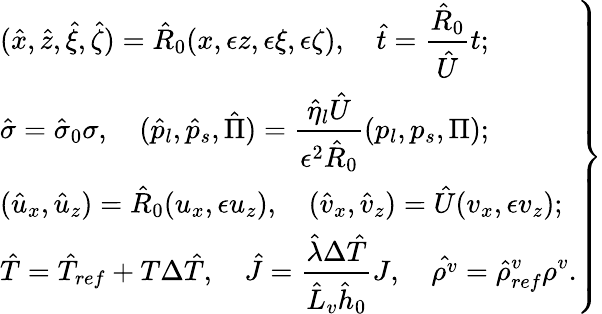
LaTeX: \left.\begin{array}{l}{\displaystyle(\hat{x},\hat{z},\hat{\xi},\hat{\zeta})=\hat{R}_{0}(x,\epsilon z,\epsilon\xi,\epsilon\zeta),\quad\hat{t}=\frac{\hat{R}_{0}}{{\hat{U}}}t;}\\ {\displaystyle\hat{\sigma}=\hat{\sigma}_{0}\sigma,\quad(\hat{p}_{l},\hat{p}_{s},\hat{\Pi})=\frac{\hat{\eta}_{l}{\hat{U}}}{\epsilon^{2}\hat{R}_{0}}(p_{l},p_{s},\Pi);}\\ {\displaystyle(\hat{u}_{x},\hat{u}_{z})=\hat{R}_{0}(u_{x},\epsilon u_{z}),\quad(\hat{v}_{x},\hat{v}_{z})=\hat{U}(v_{x},\epsilon v_{z});}\\ {\displaystyle\hat{T}=\hat{T}_{ref}+T\Delta\hat{T},\quad\hat{J}=\frac{\hat{\lambda}\Delta\hat{T}}{\hat{L}_{v}\hat{h}_{0}}J,\quad\hat{\rho^{v}}=\hat{\rho}_{ref}^{v}\rho^{v}.}\end{array}\right\}